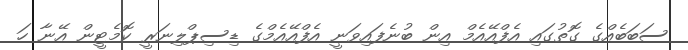
ސަބަބެއްގެ ގޮތުގައި އެފްއޭއެމް އިން ބުނެފައިވަނީ އެފްއޭއެމްގެ ޑިސިޕްލިނަރީ ކޮމެޓީން އޭނާ ހަ